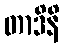
တာဒိနိ